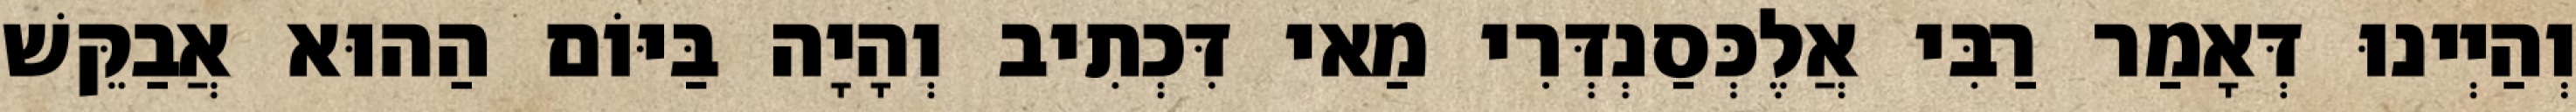
וְהַיְינוּ דְּאָמַר רַבִּי אֲלֶכְּסַנְדְּרִי מַאי דִּכְתִיב וְהָיָה בַּיּוֹם הַהוּא אֲבַקֵּשׁ